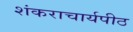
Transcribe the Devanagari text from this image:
शंकराचार्यपीठ